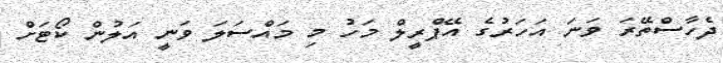
ދެހާސްތޭރަ ވަނަ އަހަރުގެ އޭޕްރީލް މަހު މި މައްސަލަ ވަނީ އަލުން ކޯޓަށް